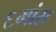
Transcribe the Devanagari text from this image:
६मांस